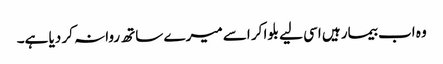
وہ اب بیمار ہیں اسی لیے بلوا کر اسے میرے ساتھ روانہ کر دیا ہے۔